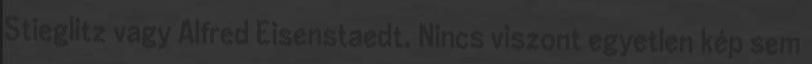
Stieglitz vagy Alfred Eisenstaedt. Nincs viszont egyetlen kép sem